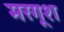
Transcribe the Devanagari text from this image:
मरगूश